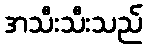
အသီးသီးသည်